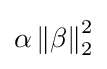
\alpha \left\|\beta \right\|_{2}^{2}